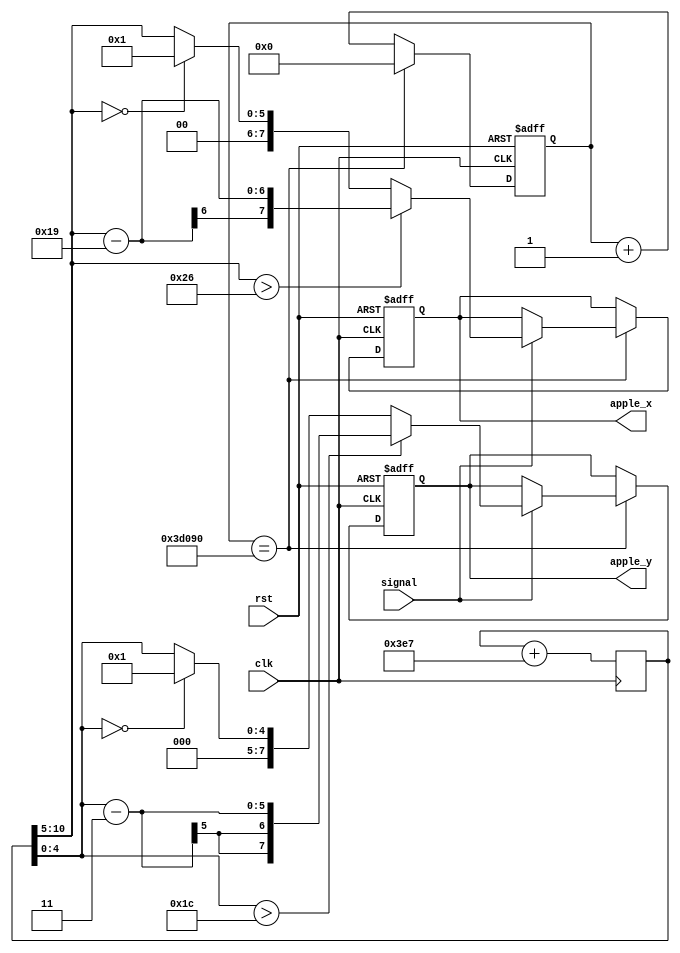
`timescale 1ns / 1ps
//////////////////////////////////////////////////////////////////////////////////
// Company: 
// Engineer: 
// 
// Design Name: 
// Module Name: Apple
// Project Name: 
// Target Devices: 
// Tool Versions: 
// Description: 
// 
// Dependencies: 
// 
// Revision:
// Revision 0.01 - File Created
// Additional Comments:
// 
//////////////////////////////////////////////////////////////////////////////////


module Apple(
    input clk,
    input rst,
    input signal,
    
    output reg[7:0] apple_x,
    output reg[7:0] apple_y
    );
    reg [31:0]clk_cnt;
    reg [10:0]random_num;
        
    always@(posedge clk)
        random_num <= random_num + 999;
    
    always@(posedge clk or negedge rst) begin
                if(!rst) begin
                    clk_cnt <= 0;
                    apple_x <= 24;
                    apple_y <= 10;
                end
                else begin
                    clk_cnt <= clk_cnt+1;
                    if(clk_cnt == 250_000) begin
                        clk_cnt <= 0;
                        if(signal) begin
                            apple_x <= (random_num[10:5] > 38) ? (random_num[10:5] - 25) : (random_num[10:5] == 0) ? 1 : random_num[10:5];
                            apple_y <= (random_num[4:0] > 28) ? (random_num[4:0] - 3) : (random_num[4:0] == 0) ? 1:random_num[4:0];
                        end
                     end
                 end
            end
     endmodule